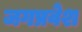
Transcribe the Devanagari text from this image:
जगप्रवेश